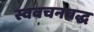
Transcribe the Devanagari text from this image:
स्ववचनबद्ध